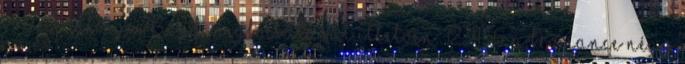
voltak kétségei Boyd megbocsátását illetően. 123456: a bromance négy